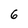
Character: 6